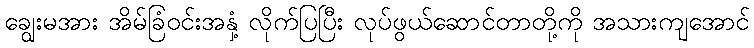
ချွေးမအား အိမ်ခြံဝင်းအနှံ့ လိုက်ပြပြီး လုပ်ဖွယ်ဆောင်တာတို့ကို အသားကျအောင်